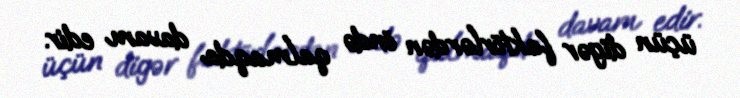
üçün digər faktörlərdən öndə qalmaqda davam edir.